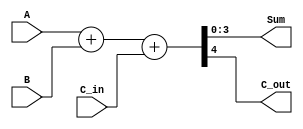
// 4-bit binary full adder with fast carry

module ttl_74283 #(parameter WIDTH = 4, DELAY_RISE = 0, DELAY_FALL = 0)
(
  input [WIDTH-1:0] A,
  input [WIDTH-1:0] B,
  input C_in,
  output [WIDTH-1:0] Sum,
  output C_out
);

//------------------------------------------------//
reg [WIDTH-1:0] Sum_computed;
reg C_computed;

always @(*)
begin
  {C_computed, Sum_computed} = {1'b0, A} + {1'b0, B} + C_in;
end
//------------------------------------------------//

assign #(DELAY_RISE, DELAY_FALL) Sum = Sum_computed;
assign #(DELAY_RISE, DELAY_FALL) C_out = C_computed;

endmodule